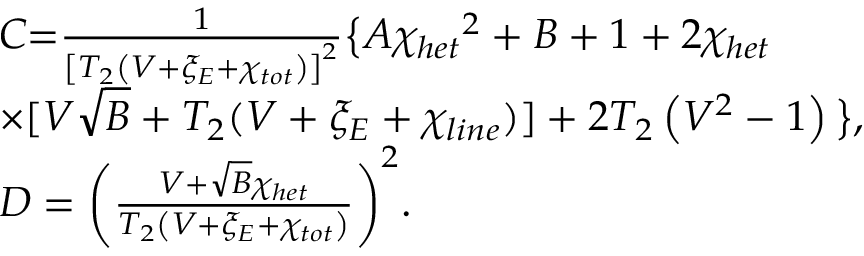
\begin{array} { r l } & { C \mathrm { = } \frac { 1 } { { { \left[ { { T } _ { 2 } } \left( V + { { \xi } _ { E } } + { { \chi } _ { t o t } } \right) \right] } ^ { 2 } } } \big \{ A { { \chi } _ { h e t } } ^ { 2 } + B + 1 + 2 { { \chi } _ { h e t } } } \\ & { \times [ V \sqrt { B } + { { T } _ { 2 } } ( V + { { \xi } _ { E } } + { { \chi } _ { l i n e } } ) ] + 2 { { T } _ { 2 } } \left( { { V } ^ { 2 } } - 1 \right) \big \} , } \\ & { D = { { \left( \frac { V + \sqrt { B } { { \chi } _ { h e t } } } { { { T } _ { 2 } } \left( V + { { \xi } _ { E } } + { { \chi } _ { t o t } } \right) } \right) } ^ { 2 } } . } \end{array}